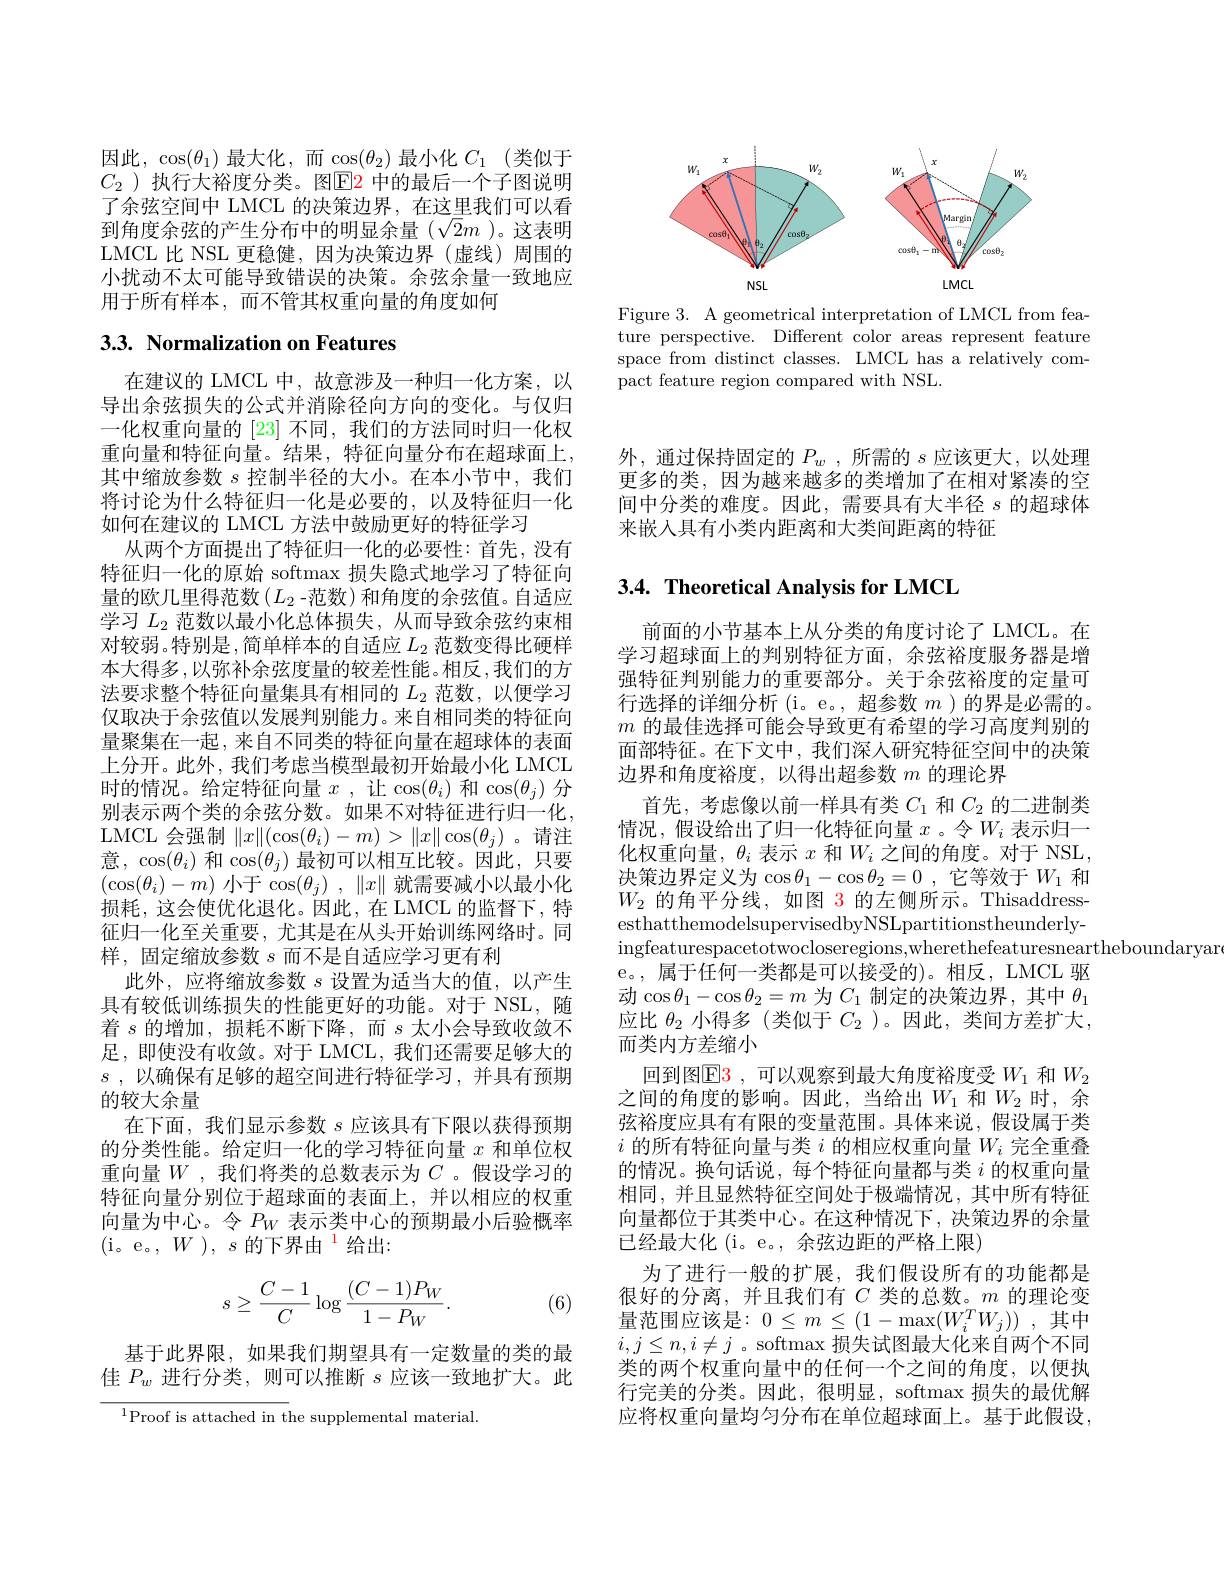
<FigureHere>

Figure 3. A geometrical interpretation of LMCL from feature perspective. Different color areas represent feature space from distinct classes. LMCL has a relatively compact feature region compared with NSL

因此，$\cos(\theta_1)$最大化，而$\underline\cos(\theta_2)$最小化$C_1$(类似于$C_2$ )执行大裕度分类。图$\color{red}{\mathrm{E}}\color{blue}{\mathrm{P}}$2 中的最后一个子图说明了余弦空间中 LMCL 的决策边界，在这里我们可以看到角度余弦的产生分布中的明显余量$(\sqrt{2}m$ )。这表明LMCL 比 NSL 更稳健，因为决策边界(虚线)周围的小扰动不太可能导致错误的决策。余弦余量一致地应用于所有样本，而不管其权重向量的角度如何

# $3. 3. \textbf{ Normalization on Features}$

在建议的 LMCL 中，故意涉及一种归一化方案，以导出余弦损失的公式并消除径向方向的变化。与仅归一化权重向量的[23]不同，我们的方法同时归一化权重向量和特征向量。结果，特征向量分布在超球面上， 其中缩放参数$s$控制半径的大小。在本小节中，我们将讨论为什么特征归一化是必要的，以及特征归一化如何在建议的 LMCL 方法中鼓励更好的特征学习
从两个方面提出了特征归一化的必要性：首先，没有特征归一化的原始 softmax 损失隐式地学习了特征向量的欧几里得范数($L_2$ -范数)和角度的余弦值。自适应学习$L_2$范数以最小化总体损失，从而导致余弦约束相对较弱。特别是，简单样本的自适应$L_2$范数变得比硬样本大得多 ,以弥补余弦度量的较差性能。相反 ,我们的方法要求整个特征向量集具有相同的$L_2$范数，以便学习仅取决于余弦值以发展判别能力。来自相同类的特征向量聚集在一起 , 来自不同类的特征向量在超球体的表面上分开。此外，我们考虑当模型最初开始最小化 LMCL 时的情况。给定特征向量$x$ ,让$\cos(\theta_i)$和$\cos(\theta_j)$分别表示两个类的余弦分数。如果不对特征进行归一化， LMCL 会强制$\|x\|(\cos(\theta_i)-m)>\|x\|\cos(\theta_j)$ 。请注意，$\cos(\theta_i)$ 和$\cos(\theta_j)$ 最初可以相互比较。因此，只要$(\cos(\theta_{i})-m)$小于$\cos(\theta_j),\|x\|$就需要减小以最小化损耗，这会使优化退化。因此，在 LMCL 的监督下，特征归一化至关重要，尤其是在从头开始训练网络时。同样，固定缩放参数$s$而不是自适应学习更有利
此外，应将缩放参数$s$设置为适当大的值，以产生具有较低训练损失的性能更好的功能。对于 NSL, 随着$s$的增加，损耗不断下降，而$s$太小会导致收敛不足，即使没有收敛。对于 LMCL, 我们还需要足够大的$s$ , $以 确 保 有 足 够 的 超 空 间 进 行 特 征 学 习 , 并 具 有 预 期$ 的较大余量
在下面，我们显示参数$s$应该具有下限以获得预期的分类性能。给定归一化的学习特征向量$x$和单位权重向量$W$,我们将类的总数表示为$C$。假设学习的特征向量分别位于超球面的表面上，并以相应的权重向量为中心。令$P_W$表示类中心的预期最小后验概率(i。e。$,W),s\text{的下界由}^1$给出：
$$s\ge\dfrac{C-1}{C}\log\dfrac{(C-1)P_W}{1-P_W}.$$
(6)

基于此界限，如果我们期望具有一定数量的类的最佳$P_w$进行分类，则可以推断$s$应该一致地扩大。此

$^{1}$Proof is attached in the supplemental material.

外，通过保持固定的$P_w$ ,所需的$s$应该更大，以处理更多的类，因为越来越多的类增加了在相对紧凑的空间中分类的难度。因此，需要具有大半径$s$的超球体来嵌入具有小类内距离和大类间距离的特征

# 3.4. Theoretical Analysis for LMCL

前面的小节基本上从分类的角度讨论了 LMCL。在学习超球面上的判别特征方面，余弦裕度服务器是增强特征判别能力的重要部分。关于余弦裕度的定量可行选择的详细分析(i。e。,超参数$m$ )的界是必需的。$m$的最佳选择可能会导致更有希望的学习高度判别的面部特征。在下文中，我们深人研究特征空间中的决策边界和角度裕度，以得出超参数$m$的理论界
首先，考虑像以前一样具有类$C_1$和$C_2$的二进制类情况，假设给出了归一化特征向量$x$ 。令$W_i$表示归一化权重向量，$\theta_i$表示$x$和$W_i$之间的角度。对于 NSL, 决策边界定义为$\cos\theta_1-\cos\theta_2=0$ ,它等效于 $W_1$ 和$W_2$的角平分线，如图 3 的左侧所示。ThisaddressesthatthemodelsupervisedbyNSLpartitionstheunderlyingfeaturespacetotwocloseregions,wherethefeaturesneartheboundaryar
e。,属于任何一类都是可以接受的)。相反，LMCL 驱$\vec{\text{动 }}\cos\theta_1-\cos\theta_2=m$为$C_1$制定的决策边界，其中$\theta_1$ 应比$\theta_2$小得多(类似于$C_2$ )。因此，类间方差扩大， 而类内方差缩小
回到图$\color{red}{\mathrm{E3~,~}}$可以观察到最大角度裕度受 $W_1$ 和 $W_2$ 之间的角度的影响。因此，当给出$W_1$ 和$W_2$ 时，余弦裕度应具有有限的变量范围。具体来说，假设属于类$i$的所有特征向量与类$i$的相应权重向量$W_i$完全重叠的情况。换句话说，每个特征向量都与类$i$的权重向量相同，并且显然特征空间处于极端情况，其中所有特征向量都位于其类中心。在这种情况下，决策边界的余量已经最大化(i。e。,余弦边距的严格上限)
为了进行一般的扩展，我们假设所有的功能都是很好的分离，并且我们有$C$ 类的总数。$m$ 的理论变量范围应该是：$0\leq m\leq(1-\max(W_i^TW_j))$ ,其中$i,j\leq n,i\neq j$ 。softmax 损失试图最大化来自两个不同类的两个权重向量中的任何一个之间的角度，以便执行完美的分类。因此，很明显，softmax 损失的最优解应将权重向量均匀分布在单位超球面上。基于此假设，